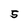
Character: 5